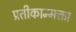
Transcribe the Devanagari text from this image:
प्रतीकान्मक्ता